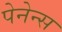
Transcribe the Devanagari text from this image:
पेनेन्स